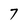
Character: 7